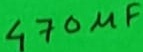
Text: 470µF